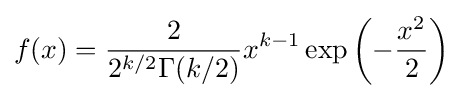
f(x)={\frac {2}{2^{k/2}\Gamma (k/2)}}x^{k-1}\exp \left(-{\frac {x^{2}}{2}}\right)